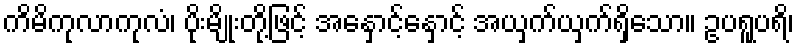
ကိမိကုလာကုလံ၊ ပိုးမျိုးတို့ဖြင့် အနှောင့်နှောင့် အယှက်ယှက်ရှိသော။ ဥပရူပရိ၊